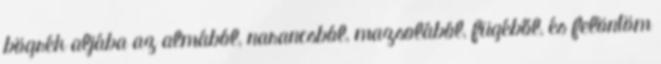
bögrék aljába az almából, narancsból, mazsolából, fügéből, és felöntöm